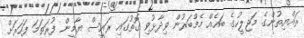
ރައްޔިތުންގެ މަޖިލީހުގެ ބައެއް މެމްބަރުން ވިދާޅުވި ގޮތުގައި ރައީސް ޔާމީން ފުރަތަމަ ފަހަރަށް